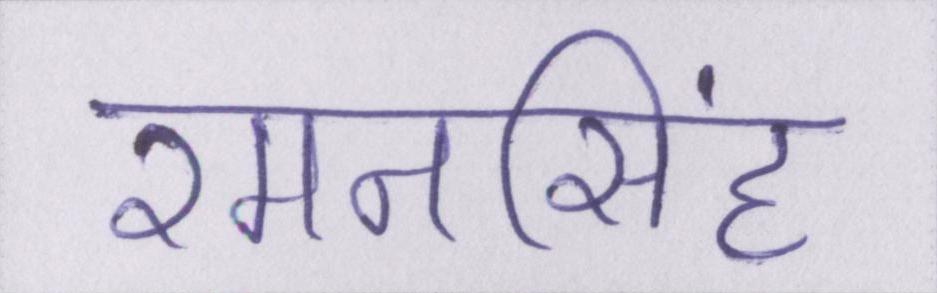
रमनसिंह